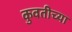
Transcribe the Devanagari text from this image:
कुवतीच्या